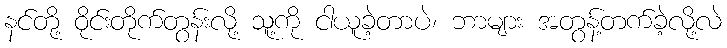
နင်တို့ ဝိုင်းတိုက်တွန်းလို့ သူ့ကို ငါယူခဲ့တာပဲ၊ ဘာများ အတွန့်တက်ခဲ့လို့လဲ